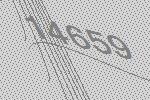
14659